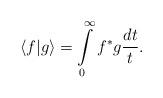
LaTeX: \begin{align*}\langle f\vert g\rangle=\int\limits_0^\infty f^* g\frac{dt}{t}.\end{align*}